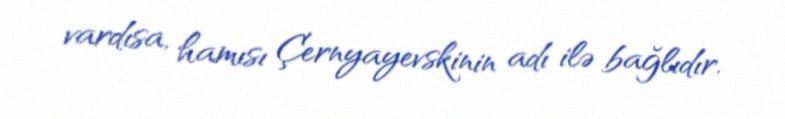
vardısa, hamısı Çernyayevskinin adı ilə bağlıdır.